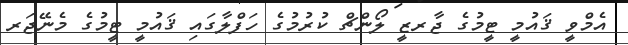
އެމްވީ ޤައުމީ ޓީމުގެ ޖާރޒީ ލޯންޗް ކުރުމުގެ ހަފްލާގައި ޤައުމީ ޓީމުގެ މެނޭޖަރ